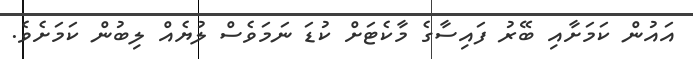
އައުން ކަމަށާއި ބޭރު ފައިސާގެ މާކެޓަށް ކުޑަ ނަމަވެސް ލުޔެއް ލިބުން ކަމަށެވެ.